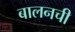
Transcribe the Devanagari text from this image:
बालनची